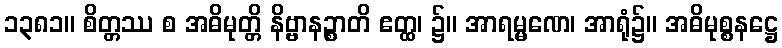
၁၃၈၁။ စိတ္တဿ စ အဓိမုတ္တိ နိဗ္ဗာနဉ္စာတိ ဧတ္ထ၊ ၌။ အာရမ္မဏေ၊ အာရုံ၌။ အဓိမုစ္စနဋ္ဌေ